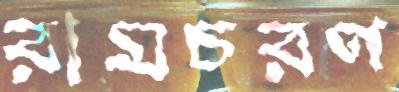
রামচরণ